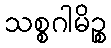
သစ္စဂါမိဉ္စ